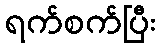
ရက်စက်ပြီး